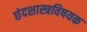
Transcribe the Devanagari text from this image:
छंदशास्त्रविषयक